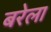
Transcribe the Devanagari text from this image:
बरेला